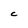
Character: C